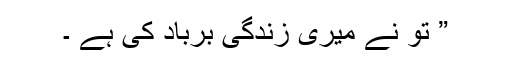
” تو نے میری زندگی برباد کی ہے ۔